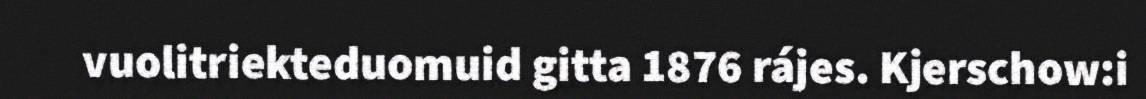
vuolitriekteduomuid gitta 1876 rájes. Kjerschow:i